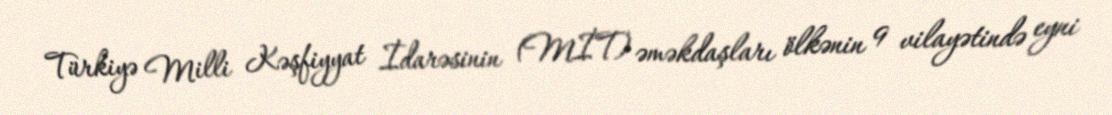
Türkiyə Milli Kəşfiyyat İdarəsinin (MİT) əməkdaşları ölkənin 9 vilayətində eyni